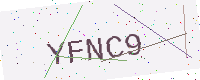
Text: YFNC9